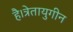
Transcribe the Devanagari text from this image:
है।त्रेतायुगीन